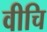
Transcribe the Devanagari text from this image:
वीचि